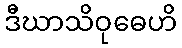
ဒီဃာသိဝုဓေဟိ